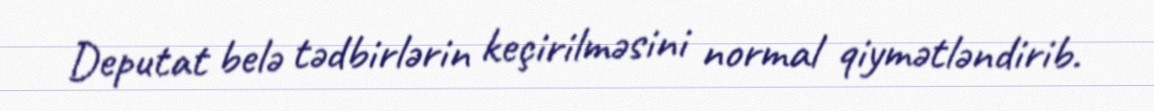
Deputat belə tədbirlərin keçirilməsini normal qiymətləndirib.